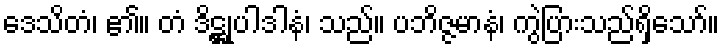
ဒေသိတံ၊ ၏။ တံ ဒိဋ္ဌုပါဒါနံ၊ သည်။ ပဘိဇ္ဇမာနံ၊ ကွဲပြားသည်ရှိသော်။